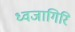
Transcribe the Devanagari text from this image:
ध्वजागिरि